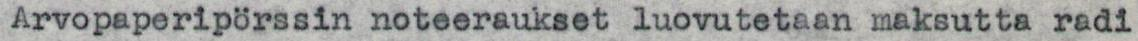
Arvopaperipörssin noteeraukset luovutetaan maksutta radi